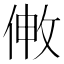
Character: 敒